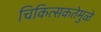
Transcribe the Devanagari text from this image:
चिकित्सकतेमुळे